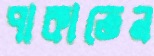
পাকাতেন